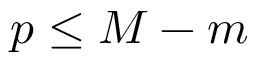
p \leq M - m